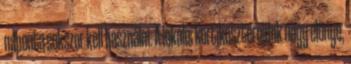
naponta sokszor kell használni. A lokális kortikoszteroidok nagy előnye,